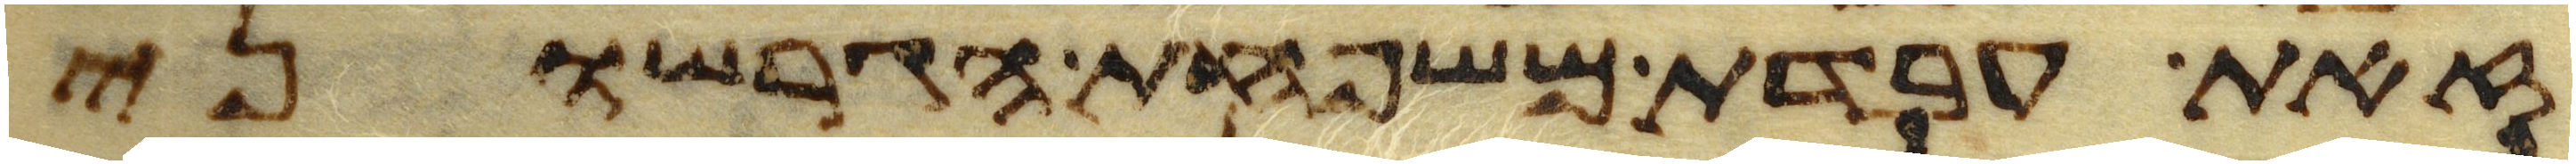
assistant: זאת עבדת משפחת הגרשוני